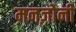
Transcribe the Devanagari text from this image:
मनज़ोनी